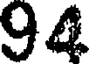
94